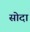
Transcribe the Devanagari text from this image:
सोदा